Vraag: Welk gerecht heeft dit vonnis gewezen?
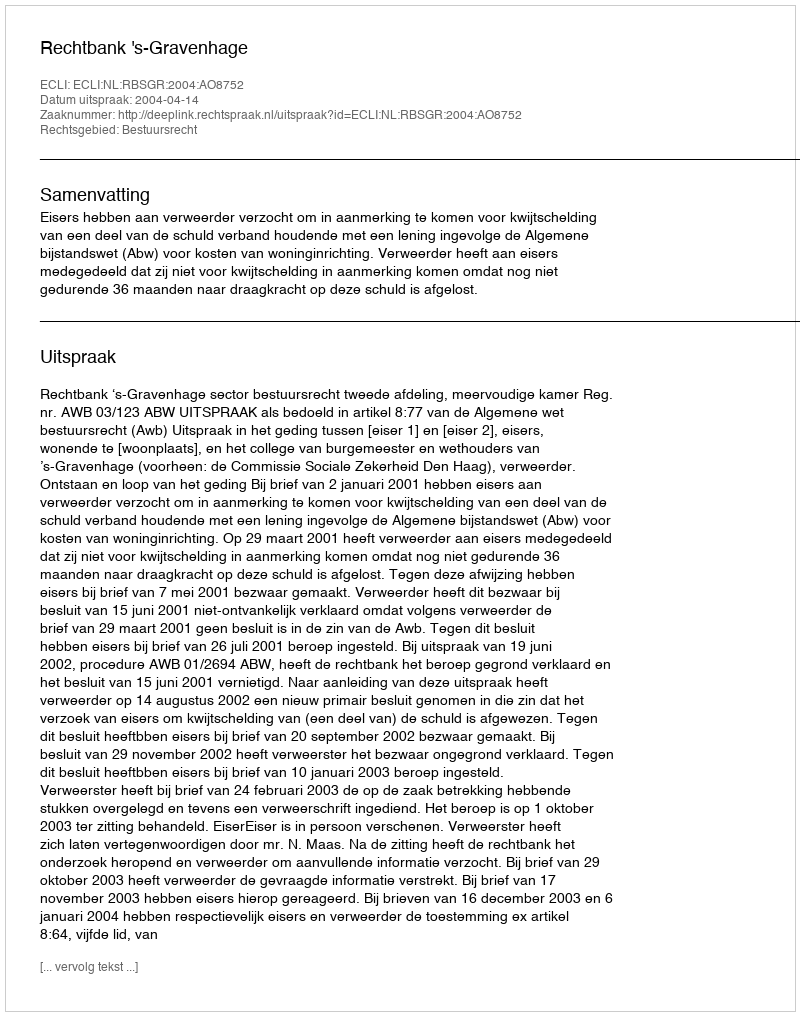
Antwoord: Rechtbank 's-Gravenhage